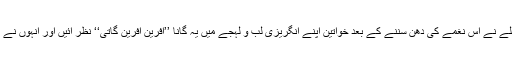
کراچی میں موجود امریکی قونصل خانے کے عملے نے اس نغمے کی دھن سننے کے بعد خواتین اپنے انگریزی لب و لہجے میں یہ گانا ’’آفرین آفرین گاتی‘‘ نظر آئیں اور انہوں نے اس گانے کی شاعری و میوزک کو بے حد سراہا۔